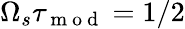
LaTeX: \Omega_{s}\tau_{\mathrm{~m~o~d~}}=1/2